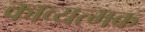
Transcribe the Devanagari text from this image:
काव्यत्मक